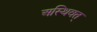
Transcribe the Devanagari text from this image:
अस्थिवत्